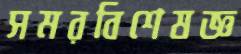
সমরবিশেষজ্ঞ